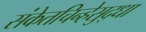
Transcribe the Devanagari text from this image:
संकेतचिन्हेसुद्धा